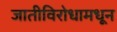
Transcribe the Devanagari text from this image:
जातीविरोधामधून